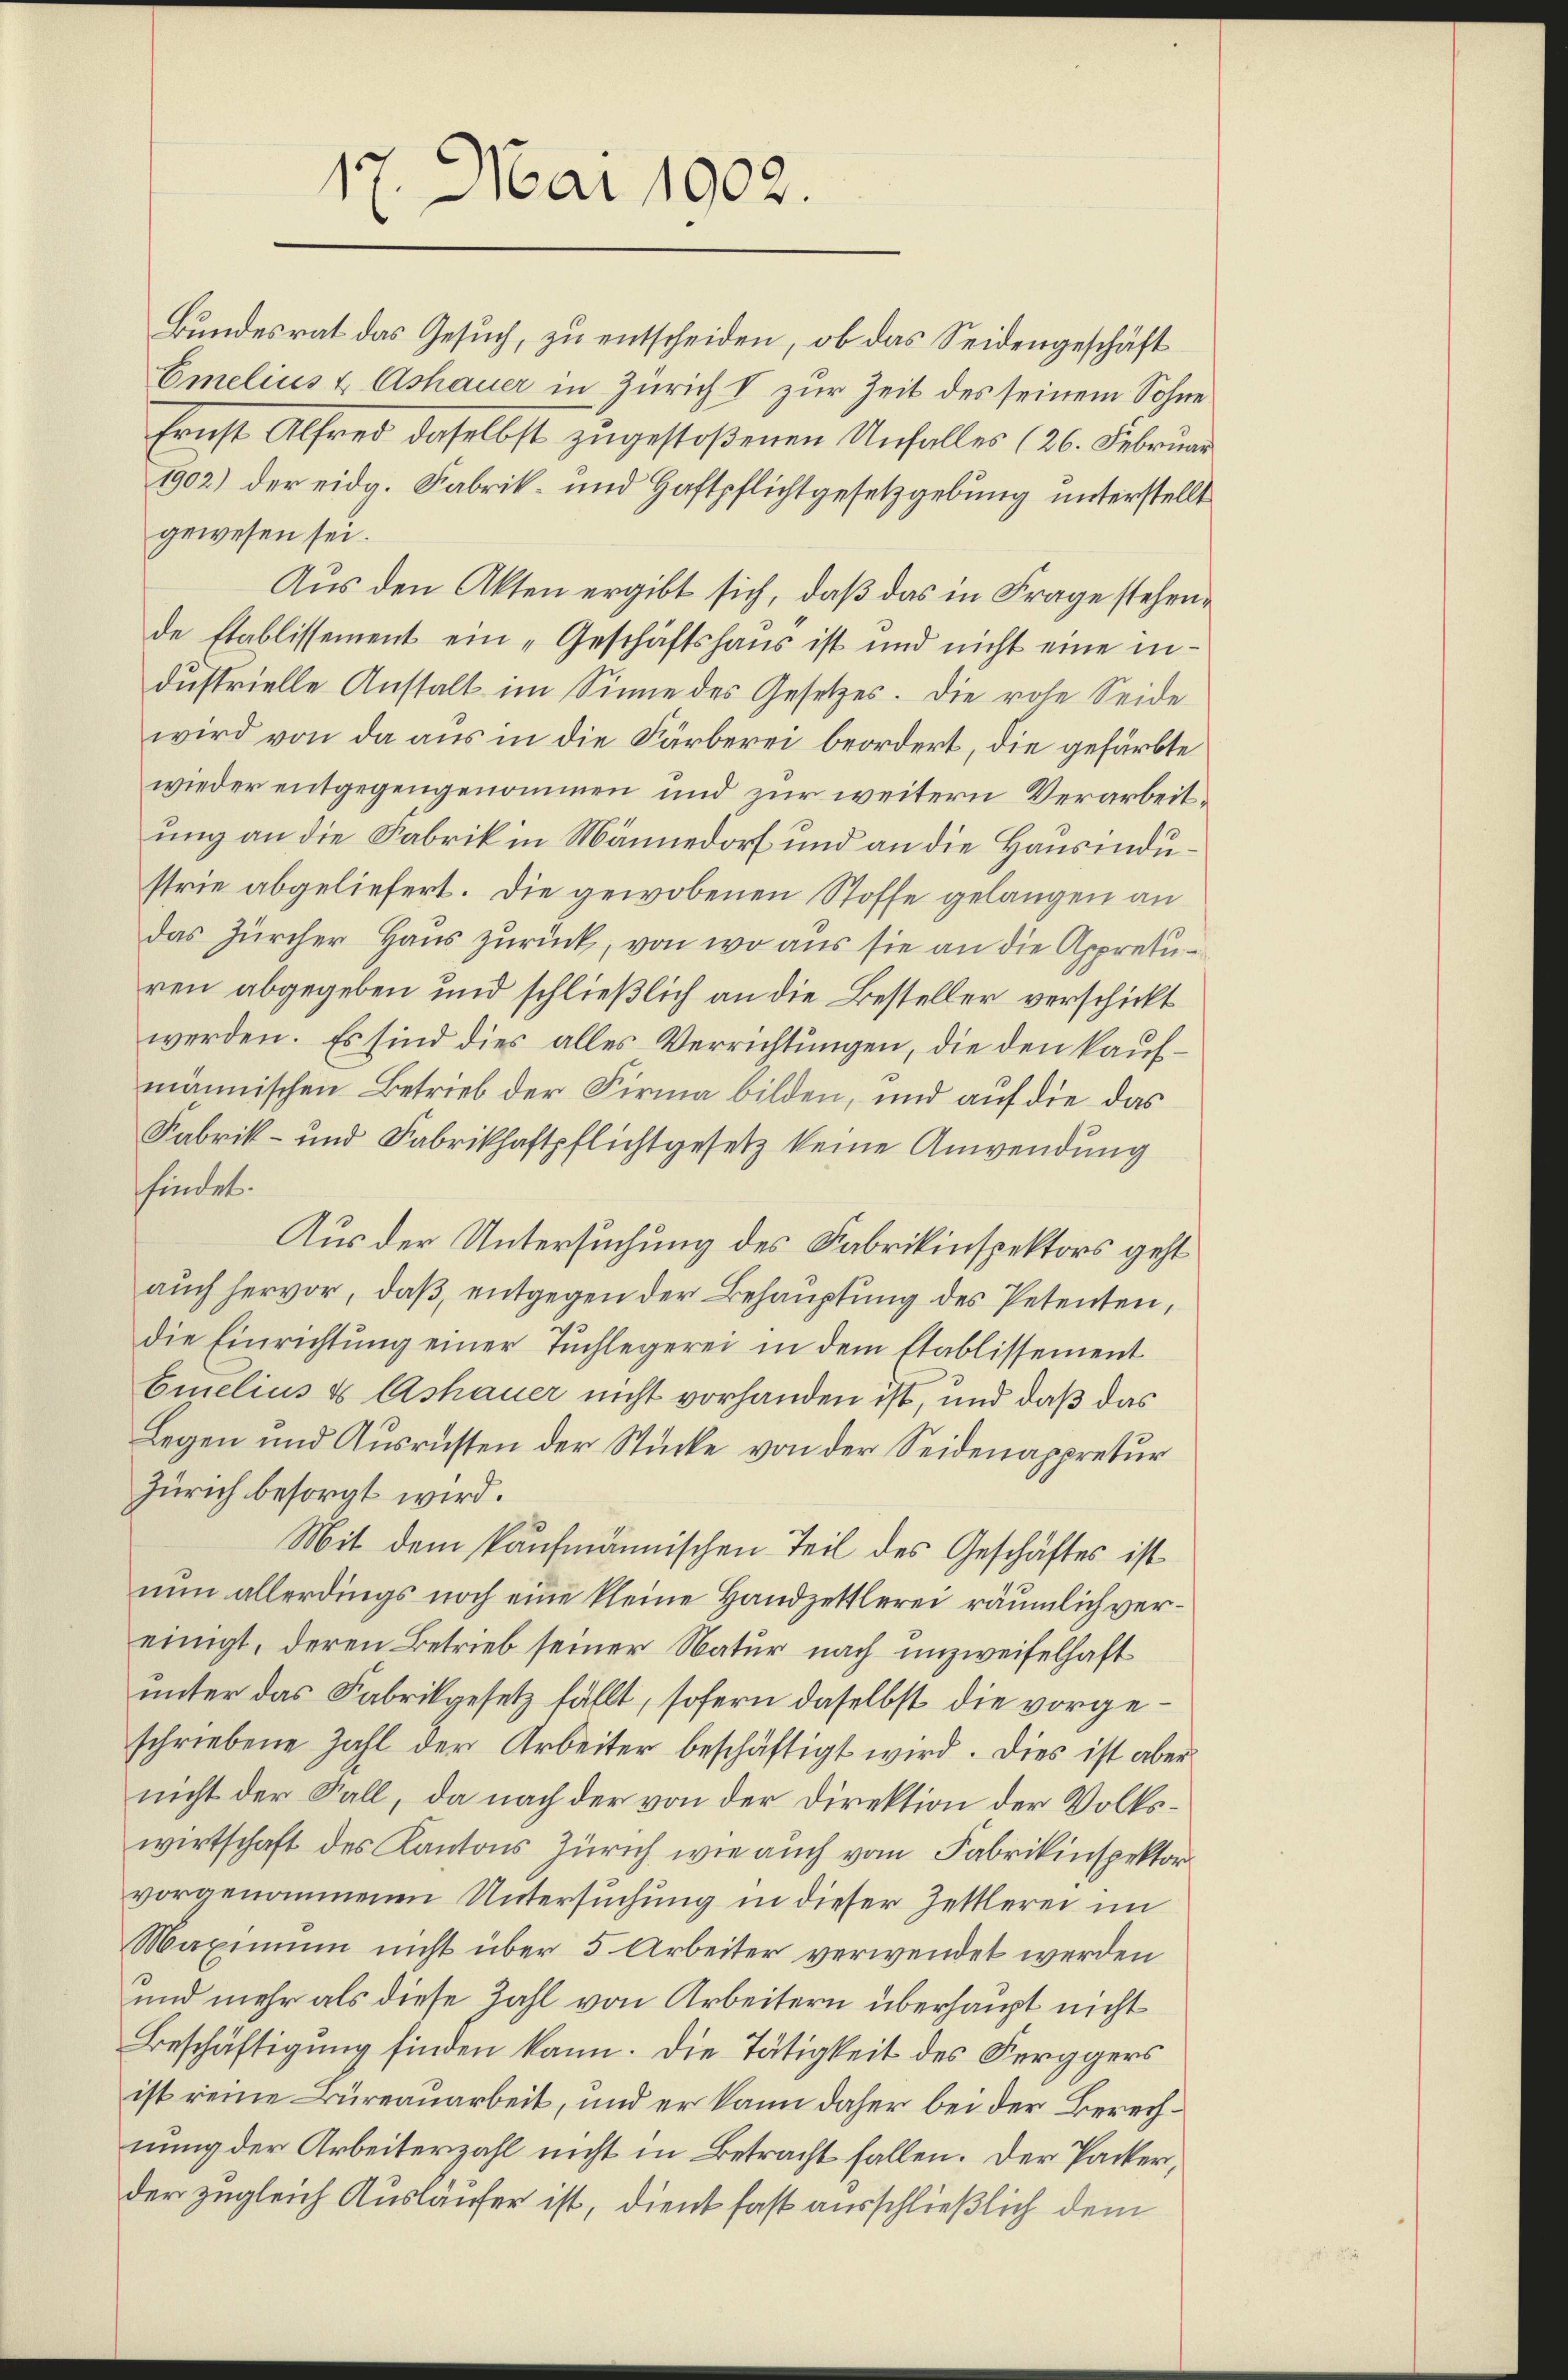
17. Mai 1902.

Bundesrat das Gesuch, zu entscheiden, ob das Seidengeschäft
Emelins & Ashauer in Zürich V zur Zeit des seinem Sohne
Ernst Alfred daselbst zugestoßenen Unfalles (26. Februar
1902) der eidg. Fabrik- und Haftpflichtgesetzgebung unterstellt
gewesen sei.
Aus den Akten ergibt sich, daß das in Frage stehende stablissement ein „Geschäftshaus ist und nicht eine in-
dustrielle Anstalt im Sinne des Gesetzes. Die rohe Seide
wird von da aus in die Färberei beordert, die gefärbte
wieder entgegengenommen und zur weitern Verarbeitung an die Fabrik in Männedorf und an die Hausendustrie abgeliefert. Die gewobenen Stoffe gelangen an
das Zürcher Haus zurück, von wo aus sie an die Appretiren abgegeben und schließlich an die Besteller verschickt
werden. Es sind dies alles Verrichtungen, die den kaufmännischen Betrieb der Firma bilden, und auf die das
Fabrik- und Fabrikhaftpflichtgesetz keine Anwendung
findet.
Aus der Untersuchung des Fabrikinspektors geht
auch hervor, daß, entgegen der Behauptung des Petenten,
die Einrichtŭng einer Tuchlegerei in dem Etablissement
Emelins & Ashauer nicht vorhanden ist, und daß das
Legen und Ausrüsten der Stücke von der Seidenappretur
Zürich besorgt wird.
Mit dem kaufmännischen Teil des Geschäftes ist
nun allerdings noch eine kleine Handzettlerei räumlich vereinigt, deren Betrieb seiner Natur nach unzweifelhaft
unter das Fabrikgesetz fällt, sofern daselbst die vorgeschriebene Zahl der Arbeiter beschäftigt wird. Dies ist aber
nicht der Fall, da nach der von der Direktion der Volkswirtschaft des Kantons Zürich wie auch vom Fabrikinspektor
vorgenommenen Untersuchung in dieser Zettlerei im
Maximum nicht über 5 Arbeiter verwendet werden
und mehr als diese Zahl von Arbeitern überhaupt nicht
Beschäftigung finden kann. Die Tätigkeit des Ferggers
ist reine Büreauarbeit, und er kann daher bei der Berechnung der Arbeiterzahl nicht in Betracht fallen. Der Packer,
der zugleich Ausläufer ist, dient fast ausschließlich dem